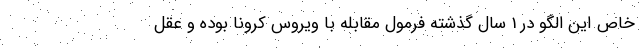
خاص این الگو در 1 سال گذشته فرمول مقابله با ویروس کرونا بوده و عقل